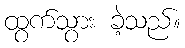
ထွက်သွား ခဲ့သည်။